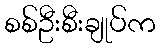
စစ်ဦးစီးချုပ်က